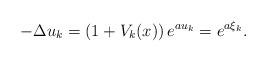
LaTeX: \begin{align*}-\Delta u_k=\left(1+V_{k}(x)\right)e^{au_k}=e^{a\xi_k}.\end{align*}